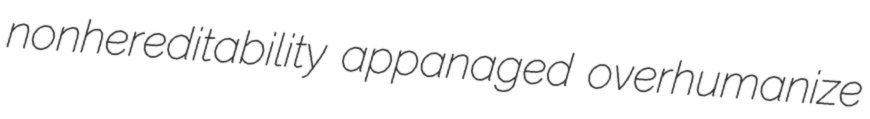
nonhereditability appanaged overhumanize